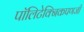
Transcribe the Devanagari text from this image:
पॉलिटेक्निकपणजी